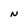
Character: N